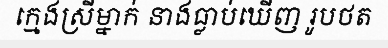
ក្មេងស្រីម្នាក់ នាងធ្លាប់ឃើញ រូបថត